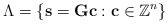
\begin{align*}\Lambda=\left\{ \mathbf{s}=\mathbf{G}\mathbf{c}:\mathbf{c}\in\mathbb{Z}^{n}\right\} \end{align*}